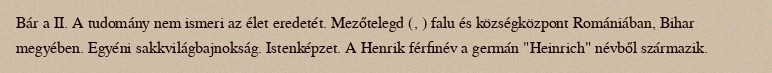
Bár a II. A tudomány nem ismeri az élet eredetét. Mezőtelegd (, ) falu és községközpont Romániában, Bihar megyében. Egyéni sakkvilágbajnokság. Istenképzet. A Henrik férfinév a germán "Heinrich" névből származik.